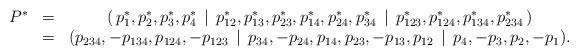
LaTeX: \begin{align*} \begin{matrix}P^* & = & ( \,p_1^*,p_2^*,p_3^*,p_4^*\, \mid \,p_{12}^*,p_{13}^*,p_{23}^*,p_{14}^*,p_{24}^*,p_{34}^*\,\mid\,p_{123}^*,p_{124}^*,p_{134}^*,p_{234}^*\, ) \\ & = &( p_{234}, -p_{134}, p_{124}, -p_{123}\, \mid \, p_{34}, -p_{24}, p_{14}, p_{23}, -p_{13}, p_{12}\,\mid \, p_4, -p_3, p_2, -p_1 ).\end{matrix}\end{align*}